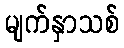
မျက်နှာသစ်